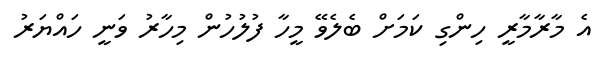
އެ މާރާމާރީ ހިންގި ކަމަށް ބެލެވޭ މީހާ ފުލުހުން މިހާރު ވަނީ ހައްޔަރު